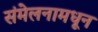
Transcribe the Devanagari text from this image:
संमेलनामधून